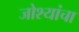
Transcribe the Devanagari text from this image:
जोश्यांचा